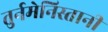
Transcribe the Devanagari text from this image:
तुर्नमेनिस्तानी